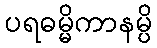
ပရဓမ္မိကာနမ္ပိ